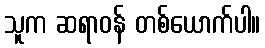
သူက ဆရာဝန် တစ်ယောက်ပါ။